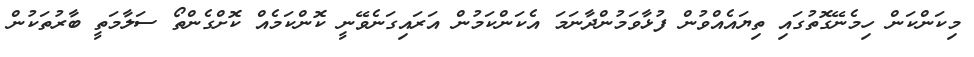
މިކަންކަން ހިމެނޭގޮތުގައި ތިޔައެއްވުން ފުޅާވަމުންދާނަމަ އެކަންކަމުން އަރައިގަނެވޭނީ ކޮންކަމެއް ކޮށްގެންތޯ ސަލާމަތީ ބާރުތަކުން